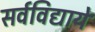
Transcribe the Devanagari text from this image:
सर्वविद्यायें